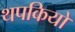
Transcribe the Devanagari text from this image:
थपकियों